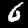
Digit: 6